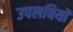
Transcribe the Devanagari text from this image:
उपलबियों